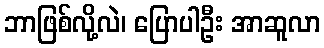
ဘာဖြစ်လို့လဲ၊ ပြောပါဦး အာဆူလာ